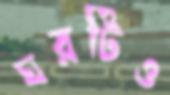
ঘরটিও